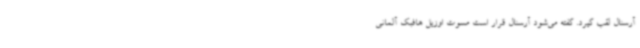
آرسنال لقب گیرد. گفته می‌شود آرسنال قرار است مسوت اوزیل هافبک آلمانی